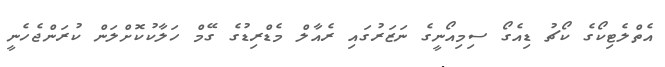
އެތްލެޓިކޯގެ ކޯޗު ޑިއެގޯ ސިމިއޯނީގެ ނަޒަރުގައި ރެއާލް މެޑްރިޑުގެ ގޭމް ހަލާކުކޮށްލަން ކުރަންޖެހެނީ